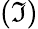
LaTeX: (\Im)